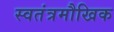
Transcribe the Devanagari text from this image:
स्वतंत्रमौखिक